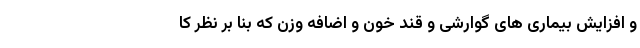
و افزایش بیماری های گوارشی و قند خون و اضافه وزن که بنا بر نظر کا